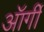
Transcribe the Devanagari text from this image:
ऑर्गी